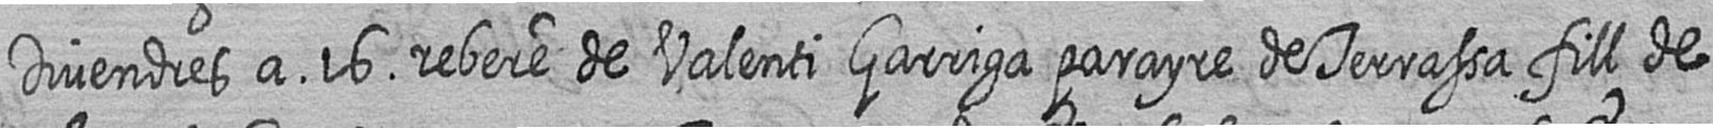
Divendres a 16 rebere de Valenti Garriga parayre de Terrassa fill de